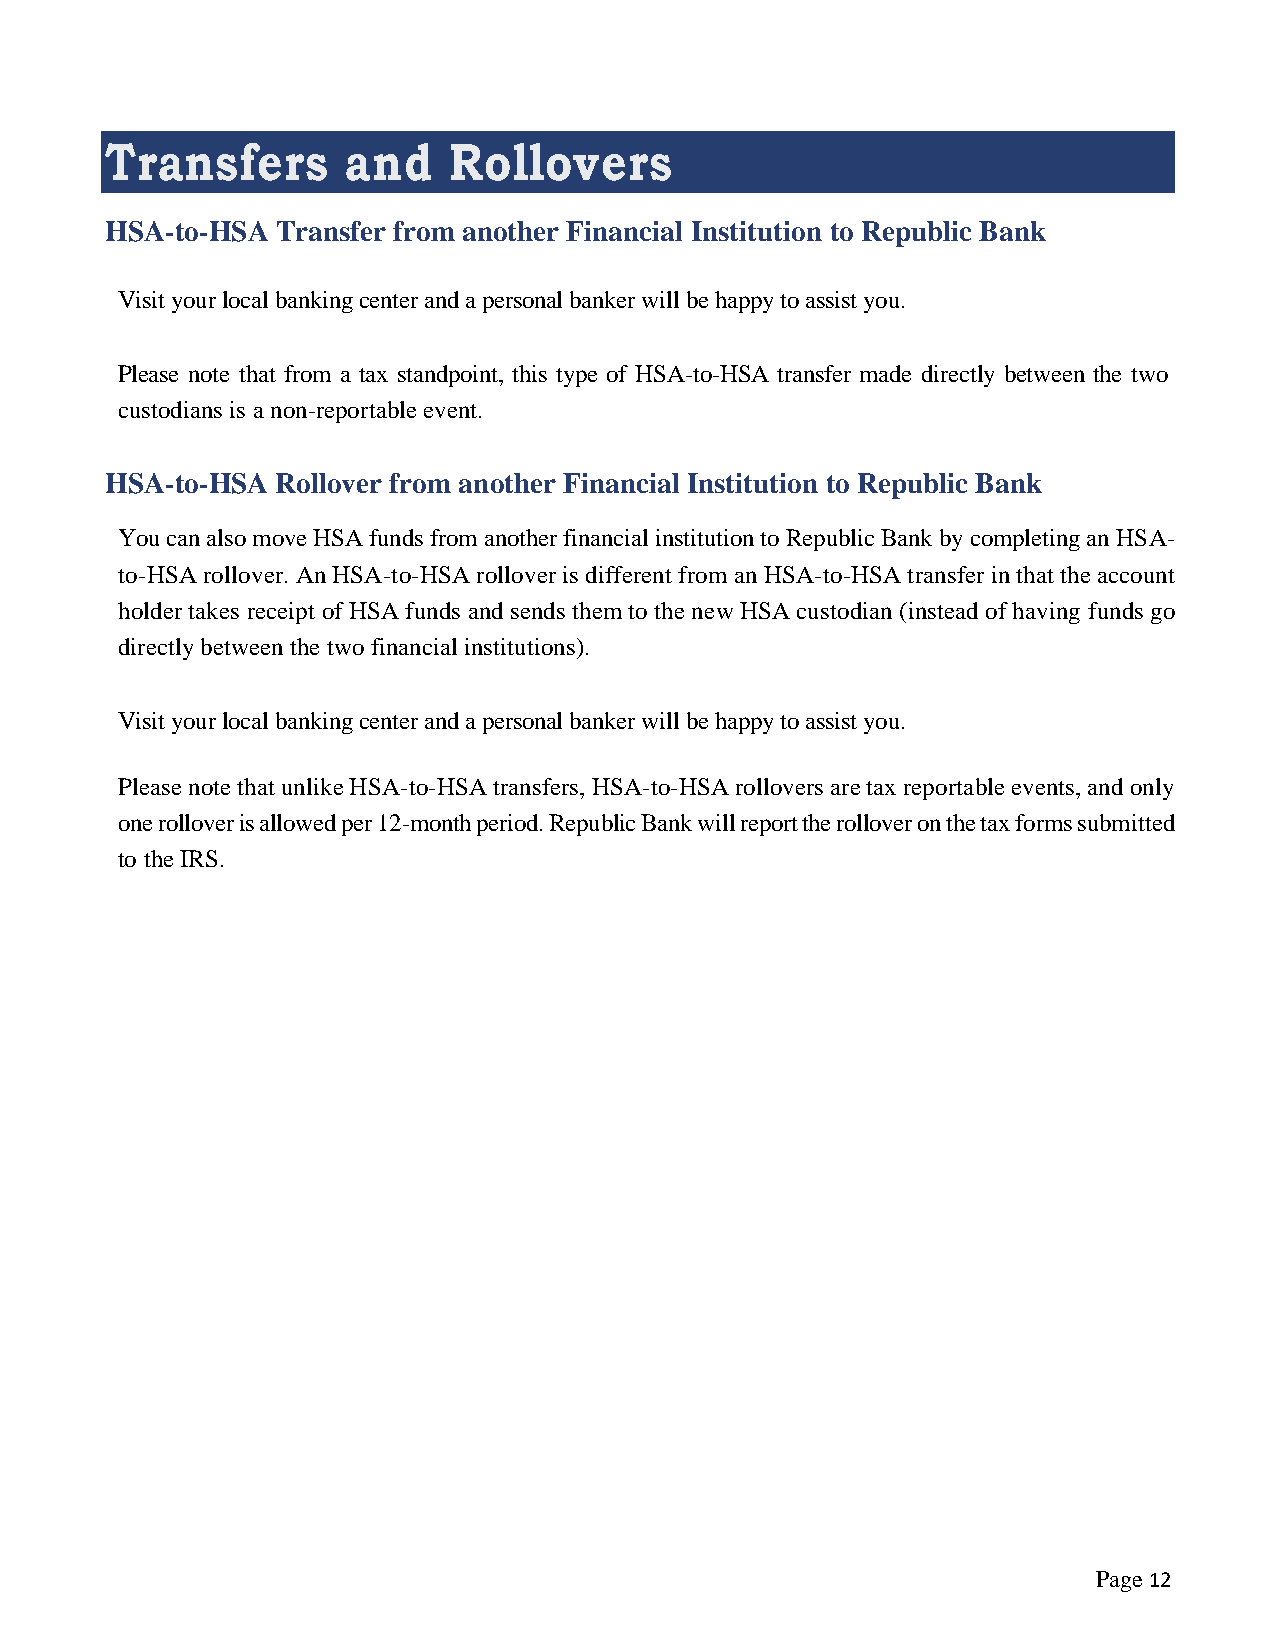
Transfers       and    Rollovers
 HSA-to-HSA Transfer from another Financial Institution to Republic Bank
 Visit your local banking center and a personal banker will be happy to assist you.
 Please note that from a tax standpoint, this type of HSA-to-HSA transfer made directly between the two
 custodians is a non-reportable event.
 HSA-to-HSA Rollover from another Financial Institution to Republic Bank
 You can also move HSA funds from another financial institution to Republic Bank by completing an HSA-
 to-HSA rollover. An HSA-to-HSA rollover is different from an HSA-to-HSA transfer in that the account
 holder takes receipt of HSA funds and sends them to the new HSA custodian (instead of having funds go
 directly between the two financial institutions).
 Visit your local banking center and a personal banker will be happy to assist you.
 Please note that unlike HSA-to-HSA transfers, HSA-to-HSA rollovers are tax reportable events, and only
 one rollover is allowed per 12-month period. Republic Bank will report the rollover on the tax forms submitted
 to the IRS.
 Page 12